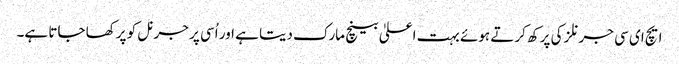
ایچ ای سی جرنلز کی پرکھ کرتے ہوئے بہت اعلیٰ بینچ مارک دیتا ہے اور اُسی پر جرنل کو پرکھا جاتا ہے۔